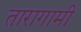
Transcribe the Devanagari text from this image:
तारागामी